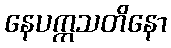
နေပက္ကသတိနော